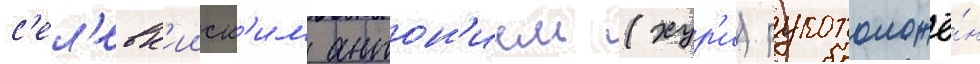
с'ел'евк'ииск'им антон'ием (хур'и) рукоположё́н